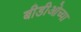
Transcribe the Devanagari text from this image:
बीडीओच्या